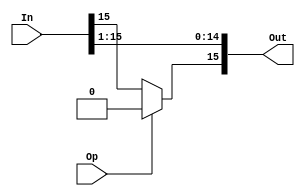
/*
    shift right 1 bit
*/
module right_1 (In, Op, Out);
    parameter   N = 16;
    
    input [N-1:0]  In;
    input Op;
    output [N-1:0] Out;
    
    assign Out[15] = Op ? 1'b0 : In[15];
    assign Out[14:0] = In[15:1];
endmodule